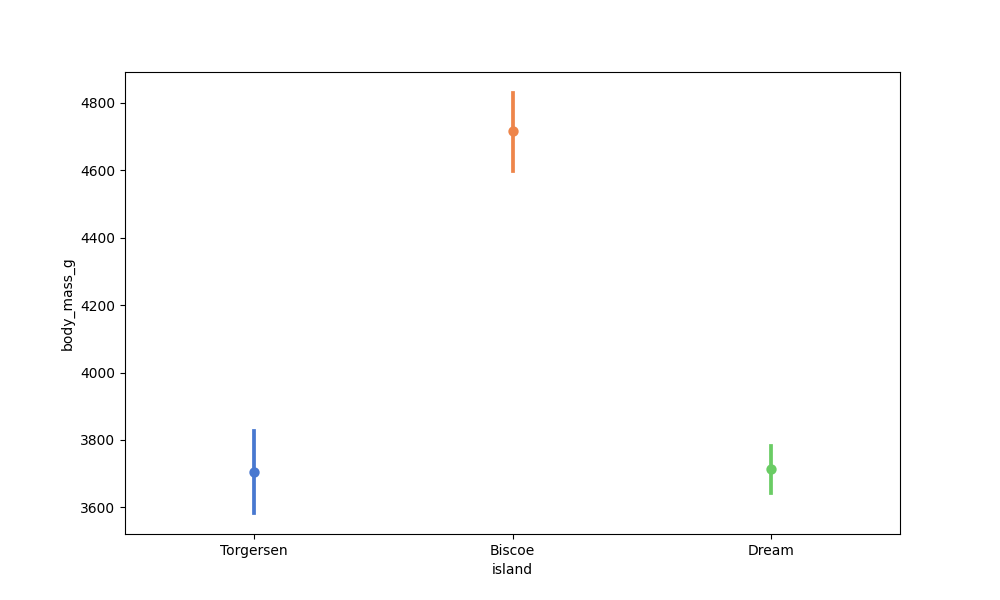
python, seaborn, pointplot, scale=1.0, join=False, hue='None', palette='muted'